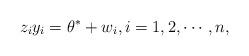
LaTeX: \begin{align*} z_i y_i = \theta^* + w_i, i=1,2,\cdots,n,\end{align*}